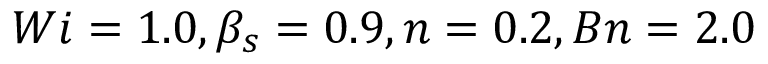
W i = 1 . 0 , \beta _ { s } = 0 . 9 , n = 0 . 2 , B n = 2 . 0